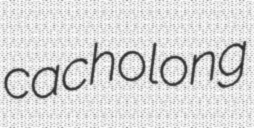
cacholong